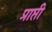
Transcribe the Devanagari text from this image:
प्राप्ती